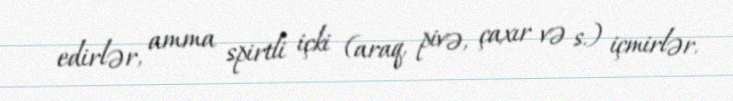
edirlər, amma spirtli içki (araq, pivə, çaxır və s.) içmirlər.